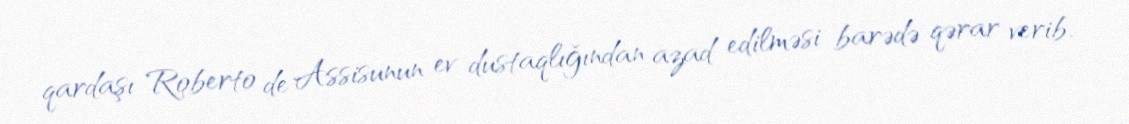
qardaşı Roberto de Assisunun ev dustaqlığından azad edilməsi barədə qərar verib.